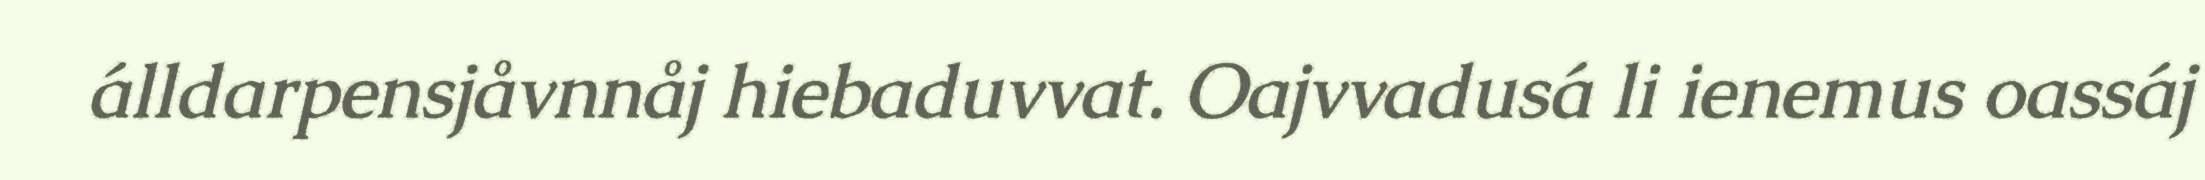
álldarpensjåvnnåj hiebaduvvat. Oajvvadusá li ienemus oassáj